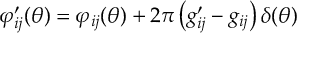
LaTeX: \varphi _ { i j } ^ { \prime } ( \theta ) = \varphi _ { i j } ( \theta ) + 2 \pi \left( g _ { i j } ^ { \prime } - g _ { i j } \right) \delta ( \theta )